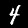
Label: 4